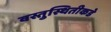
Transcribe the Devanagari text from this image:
वस्तुस्थितीकडे